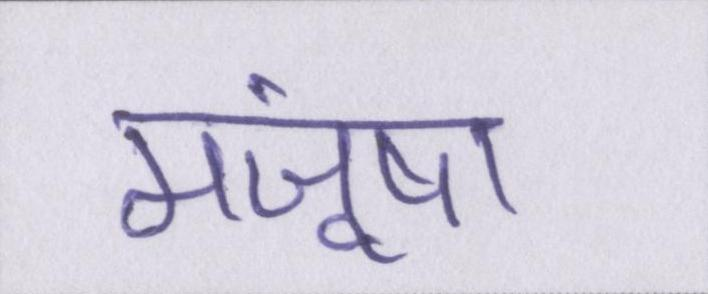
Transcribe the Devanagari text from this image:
मंजूषा